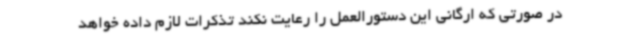
در صورتی که ارگانی این دستورالعمل را رعایت نکند تذکرات لازم داده خواهد